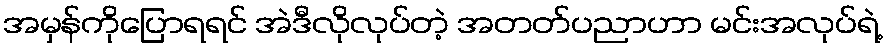
အမှန်ကိုပြောရရင် အဲဒီလိုလုပ်တဲ့ အတတ်ပညာဟာ မင်းအလုပ်ရဲ့